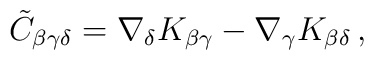
\tilde{C}_{\beta \gamma \delta} = \nabla_\delta K_{\beta \gamma }- \nabla_\gamma K_{\beta \delta } \, ,